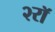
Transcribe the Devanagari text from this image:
२रॉ